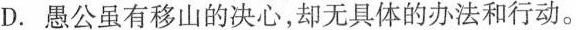
D. 愚公虽有移山的决心，却无具体的办法和行动。